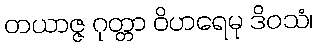
တယာဇ္ဇ ဂုတ္တာ ဝိဟရေမု ဒိဝသံ၊